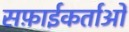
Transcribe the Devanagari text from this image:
सफ़ाईकर्ताओं